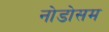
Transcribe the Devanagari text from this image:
नोडोसम